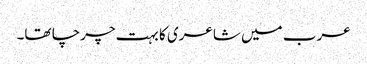
عرب میں شاعری کا بہت چرچا تھا۔